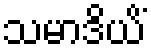
သမာဒိယိံ